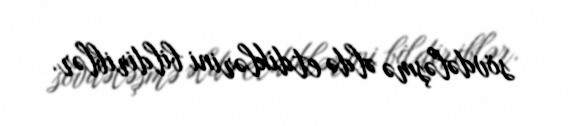
sövdələşmə əldə etdiklərini bildiriblər.